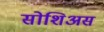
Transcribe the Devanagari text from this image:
सोशिअस